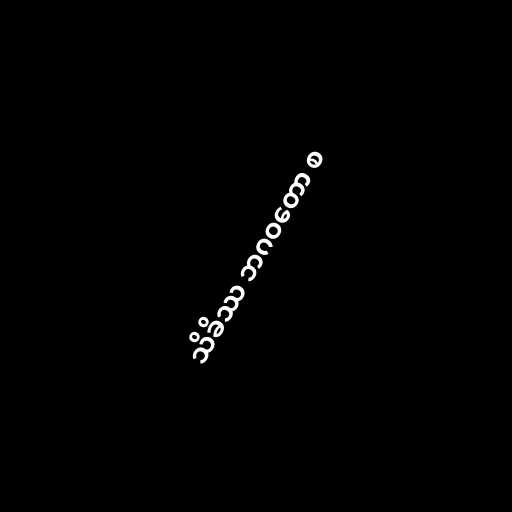
သိခိဿ ဘဂဝတော စ